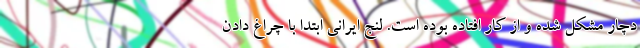
دچار مشکل شده و از کار افتاده بوده است. لنج ایرانی ابتدا با چراغ دادن